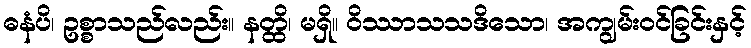
ဓနံပိ၊ ဥစ္စာသည်လည်း။ နတ္ထိ၊ မရှိ။ ဝိဿာသသဒိသော၊ အကျွမ်းဝင်ခြင်းနှင့်